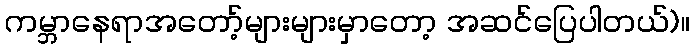
ကမ္ဘာနေရာအတော့်များများမှာတော့ အဆင်ပြေပါတယ်)။